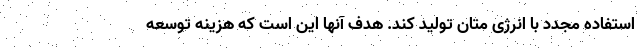
استفاده مجدد با انرژی متان تولید کند. هدف آنها این است که هزینه توسعه